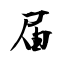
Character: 届